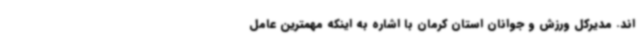
اند. مدیرکل ورزش و جوانان استان کرمان با اشاره به اینکه مهمترین عامل